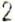
2